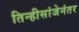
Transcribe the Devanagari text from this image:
तिन्हीसांजेनंतर